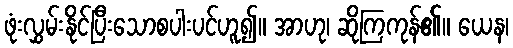
ဖုံးလွှမ်းနိုင်ပြီးသောစပါးပင်ဟူ၍။ အာဟု၊ ဆိုကြကုန်၏။ ယေန၊